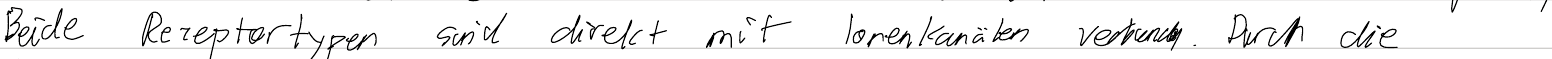
Beide Rezeptortypen sind direkt mit Ionenkanälen verbunden. Durch die